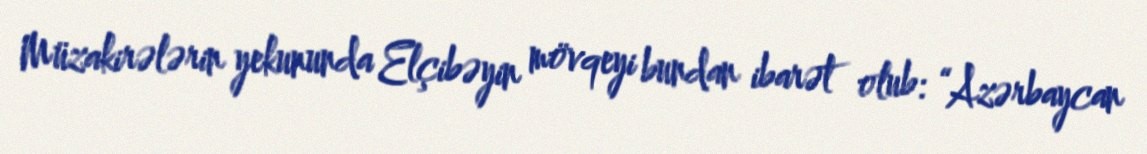
Müzakirələrin yekununda Elçibəyin mövqeyi bundan ibarət olub: “Azərbaycan